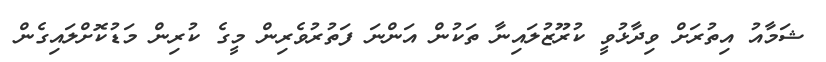
ޝަމާއު އިތުރަށް ވިދާޅުވީ ކުރޫޒުލައިނާ ތަކުން އަންނަ ފަތުރުވެރިން މީގެ ކުރިން މަޑުކޮށްލައިގެން